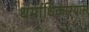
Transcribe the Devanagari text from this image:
धर्माधिकार्‍यास